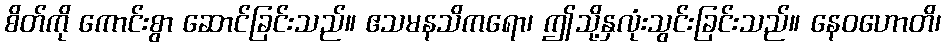
စိတ်ကို ကောင်းစွာ ဆောင်ခြင်းသည်။ ဧသမနသိကရော၊ ဤသို့နှလုံးသွင်းခြင်းသည်။ နေဝဟောတိ၊